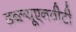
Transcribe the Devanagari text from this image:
डब्ल्यूएनवीटी